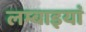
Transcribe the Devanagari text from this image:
लम्बाइयां